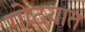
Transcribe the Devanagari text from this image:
गोठयात